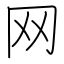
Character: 网